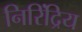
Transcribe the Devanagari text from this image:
निरिंद्रिय